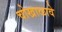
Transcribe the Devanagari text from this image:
चोखाळावे